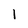
Character: 1